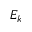
E _ { k }